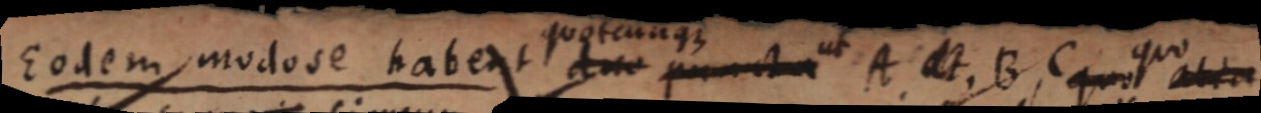
Eodem modo se habent quotcunque duae punctum A _ B, C quo alia duo